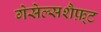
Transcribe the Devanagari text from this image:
गेसेल्सशैफ़्ट